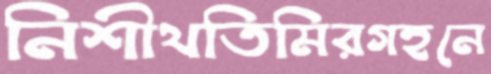
নিশীথতিমিরগহনে